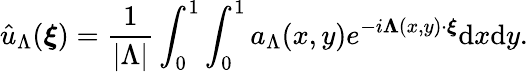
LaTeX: \hat{u}_{\Lambda}(\boldsymbol{\xi})=\frac{1}{|\Lambda|}\int_{0}^{1}\int_{0}^{1}a_{\Lambda}(x,y)e^{-i\boldsymbol{\Lambda}(x,y)\cdot\boldsymbol{\xi}}\mathrm{d}x\mathrm{d}y.